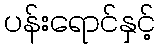
ပန်းရောင်နှင့်